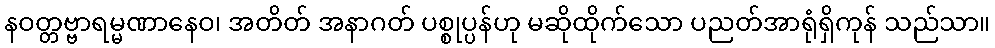
နဝတ္တဗ္ဗာရမ္မဏာနေဝ၊ အတိတ် အနာဂတ် ပစ္စုပ္ပန်ဟု မဆိုထိုက်သော ပညတ်အာရုံရှိကုန် သည်သာ။